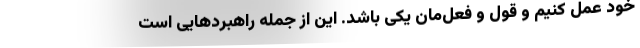
خود عمل کنیم و قول و فعل‌مان یکی باشد. این از جمله راهبردهایی است